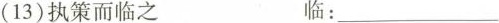
(13)执策而临之 临：___